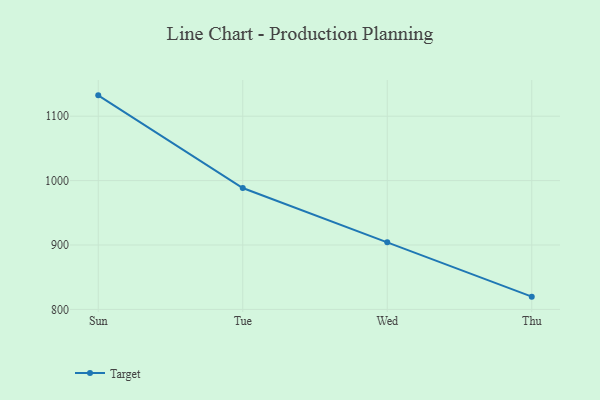
{"axis": {"x": "Day", "y": "Customer Acquisition Cost (USD)"}, "legend": ["Target"], "data": [{"x": "Sun", "y": 1132.4, "type": "Target"}, {"x": "Tue", "y": 988.5, "type": "Target"}, {"x": "Wed", "y": 904.1, "type": "Target"}, {"x": "Thu", "y": 819.8, "type": "Target"}]}